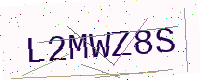
Text: L2MWZ8S